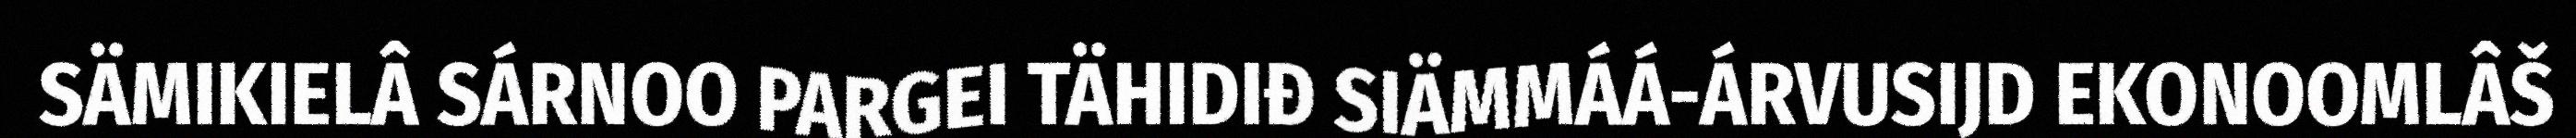
SÄMIKIELÂ SÁRNOO PARGEI TÄHIDIĐ SIÄMMÁÁ-ÁRVUSIJD EKONOOMLÂŠ